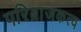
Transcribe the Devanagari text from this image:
परिब्राजकत्व